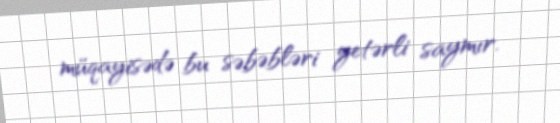
müqayisədə bu səbəbləri yetərli saymır.